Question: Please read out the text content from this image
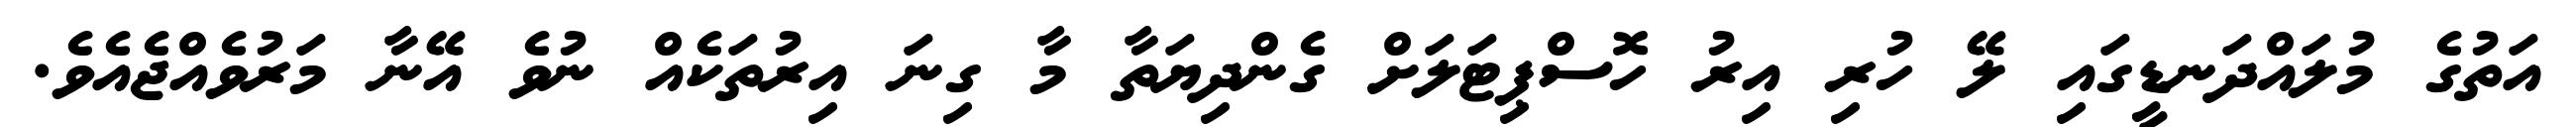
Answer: އަތުގެ މުލައްދަނޑީގައި ލޭ ހުރި އިރު ހޮސްޕިޓަލަށް ގެންދިޔަތާ މާ ގިނަ އިރުތަކެއް ނުވެ އޭނާ މަރުވެއްޖެއެވެ.